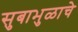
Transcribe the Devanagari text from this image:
सुबाभुळाचे